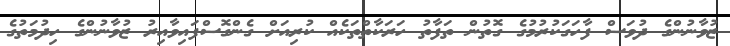
ޒުވާނުންގެ ދުވަސް ފާހަގަކުރުމުގެ ގޮތުން ތަފާތު ހަރަކާތްތަކެއް ކުރިއަށް ގެންގޮސްފައިވާއިރު ޒުވާނުންގެ ހިދުމަތުގެ